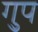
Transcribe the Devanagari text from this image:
गु्प